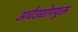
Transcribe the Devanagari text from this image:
अर्धउद्योगयुक्त